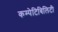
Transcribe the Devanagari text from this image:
कम्पेटिबिलिटी